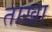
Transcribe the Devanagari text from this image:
ताखा